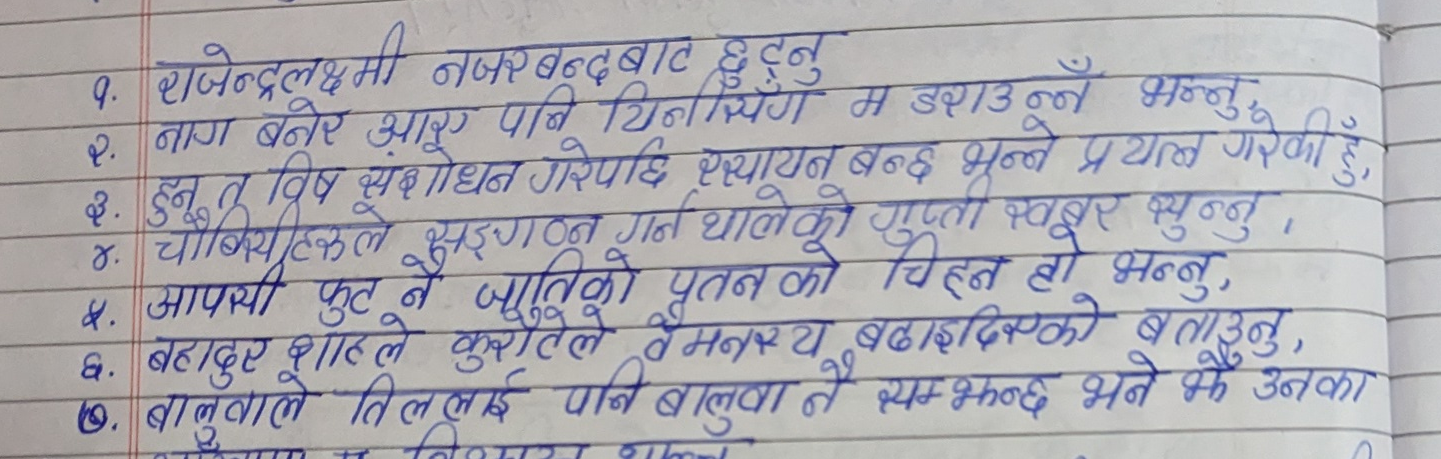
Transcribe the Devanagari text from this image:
१. राजन्द्रलक्ष्मी नजरबन्दबाट छुट्नु
२. नाग बनेर आरू पानि यिनिर्सिङ्ग म डराउन्न भन्नु
३. हुन त विष संशोधन गरेपछि स्थायन बन्छ भन्ने प्रयत्न गरेकी हुँ,
४. चौकीकले सडग्न गर्न थालेको गुप्त खबर सुनुनु,
५. आपसफुट नै जातिको पतनको चिहन हो भन्नु,
६. बहादुर शाहले कुरातले वैमनस्य बढाइदिएको बताउनु,
७. बालुवालो तिललई पनि बालुवा ने सम्भ्रन्द भने नै उनका